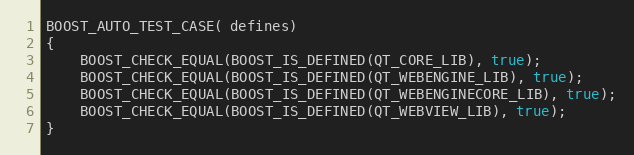
Language: C++
BOOST_AUTO_TEST_CASE( defines)
{
    BOOST_CHECK_EQUAL(BOOST_IS_DEFINED(QT_CORE_LIB), true);
    BOOST_CHECK_EQUAL(BOOST_IS_DEFINED(QT_WEBENGINE_LIB), true);
    BOOST_CHECK_EQUAL(BOOST_IS_DEFINED(QT_WEBENGINECORE_LIB), true);
    BOOST_CHECK_EQUAL(BOOST_IS_DEFINED(QT_WEBVIEW_LIB), true);
}